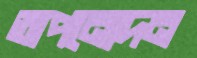
অপনোদন